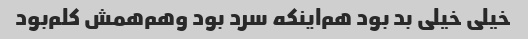
خیلی خیلی بد بود هم‌اینکه سرد بود و‌هم‌همش کلم‌بود